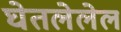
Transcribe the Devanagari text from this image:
घेतलेलेल